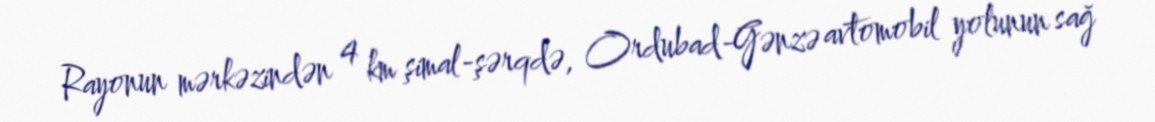
Rayonun mərkəzindən 4 km şimal-şərqdə, Ordubad-Gənzə avtomobil yolunun sağ